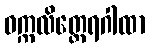
ဝက္ကလိတ္ထေရဂါထာ